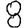
Digit: 8